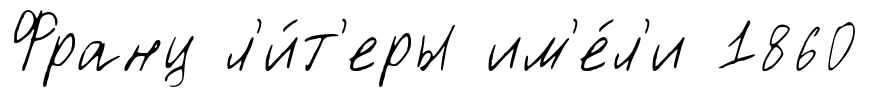
Франц л'и́т'еры им'е́л'и 1860